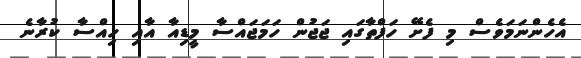
އެހެންނަމަވެސް މި ފެށޭ ހަފްތާގައި ޖަޖުން ހަމަޖައްސާ މީޑިއާ އާއި ހިއްސާ ކުރާނެ